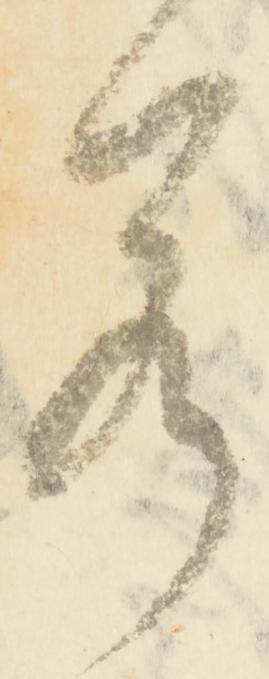
若